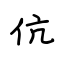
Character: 伉